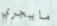
مايجري